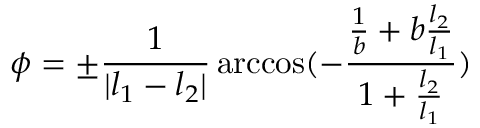
\phi = \pm \frac { 1 } { | l _ { 1 } - l _ { 2 } | } \operatorname { a r c c o s } ( - \frac { \frac { 1 } { b } + b \frac { l _ { 2 } } { l _ { 1 } } } { 1 + \frac { l _ { 2 } } { l _ { 1 } } } )